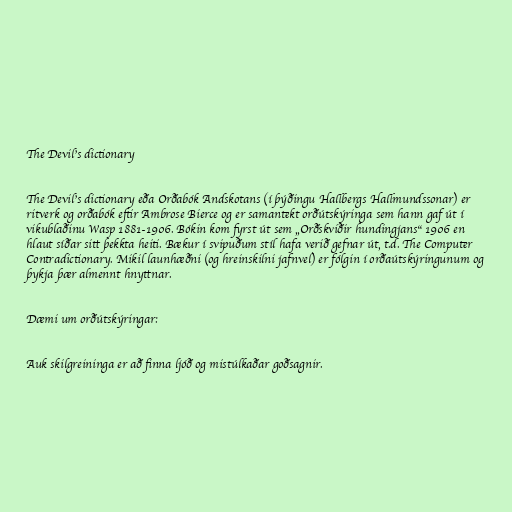
The Devil's dictionary

The Devil's dictionary eða Orðabók Andskotans (í þýðingu Hallbergs Hallmundssonar) er
ritverk og orðabók eftir Ambrose Bierce og er samantekt orðútskýringa sem hann gaf út í
vikublaðinu Wasp 1881-1906. Bókin kom fyrst út sem „Orðskviðir hundingjans“ 1906 en
hlaut síðar sitt þekkta heiti. Bækur í svipuðum stíl hafa verið gefnar út, t.d. The Computer
Contradictionary. Mikil launhæðni (og hreinskilni jafnvel) er fólgin í orðaútskýringunum og
þykja þær almennt hnyttnar.

Dæmi um orðútskýringar:

Auk skilgreininga er að finna ljóð og mistúlkaðar goðsagnir.